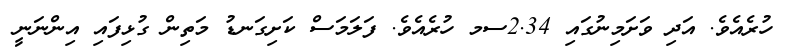
ހުރެއެވެ. އަދި ވަށަމިނުގައި 2.34ސމ ހުރެއެވެ. ފަލަމަސް ކަށިގަނޑު މަތިން ގުޅިފައި އިންނަނީ